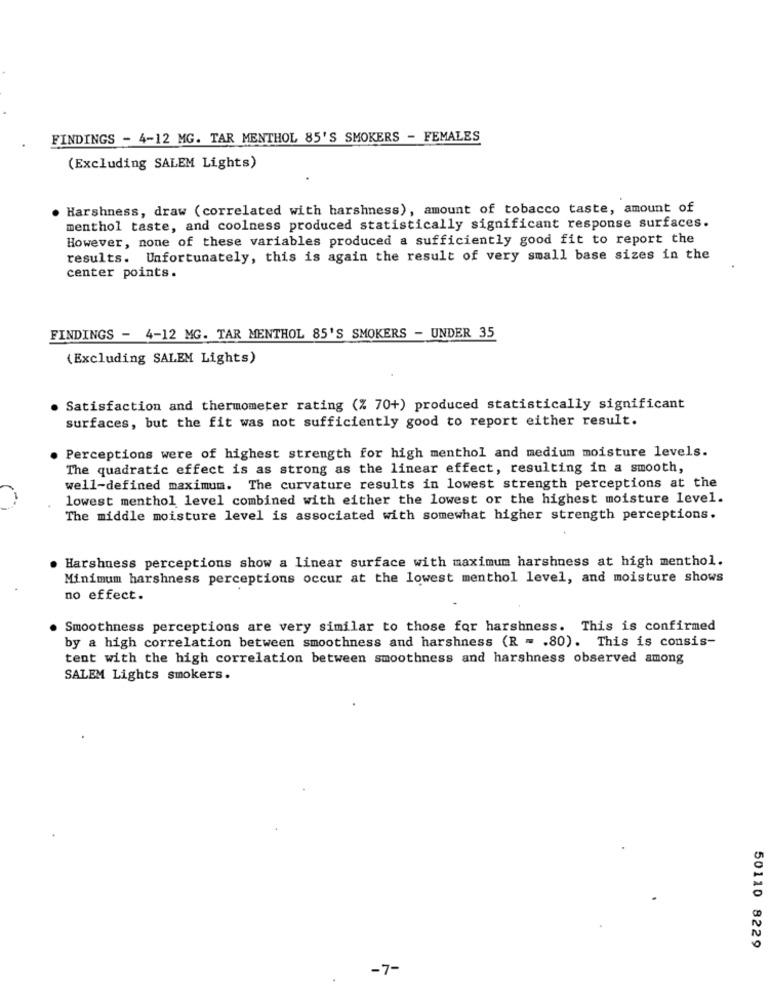
FINDINGS - 4-12 MG. TAR MENTHOL 85'S SMOKERS - FEMALES
(Excluding SALEM Lights)
Harshness, draw (correlated with harshness), amount of tobacco taste, amount of
menthol taste, and coolness produced statistically significant response surfaces.
However, none of these variables produced a sufficiently good fit to report the
results. Unfortunately, this is again the result of very small base sizes in the
center points.
FINDINGS - 4-12 MG. TAR MENTHOL 85'S SMOKERS - UNDER 35
(Excluding SALEM Lights)
Satisfaction and thermometer rating (% 70+) produced statistically significant
surfaces, but the fit was not sufficiently good to report either result.
Perceptions were of highest strength for high menthol and medium moisture levels.
The quadratic effect is as strong as the linear effect, resulting in a smooth,
well-defined maximum. The curvature results in lowest strength perceptions at the
lowest menthol level combined with either the lowest or the highest moisture level.
The middle moisture level is associated with somewhat higher strength perceptions.
Harshness perceptions show a linear surface with maximum harshness at high menthol.
Minimum harshness perceptions occur at the lowest menthol level, and moisture shows
no effect.
Smoothness perceptions are very similar to those for harshness. This is confirmed
by a high correlation between smoothness and harshness (R = . 80). This is consis-
tent with the high correlation between smoothness and harshness observed among
SALEM Lights smokers.
50110 8229
-7-
.